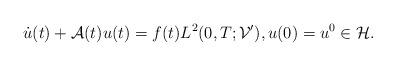
LaTeX: \begin{align*}\dot{u}(t) + \mathcal{A}(t)u(t) = f(t) L^{2}(0, T; \mathcal{V}'), u(0) = u^{0} \in \mathcal{H}. \end{align*}